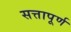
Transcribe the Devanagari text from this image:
सत्तापूर्ण